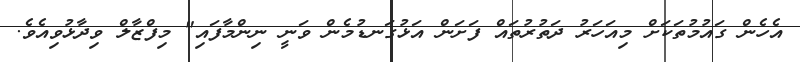
އެހެން ގައުމުތަކަށް މިއަހަރު ދަތުރުތައް ފަށަން އަޅުގަނޑުމެން ވަނީ ނިންމާފައި" މިފްޒާލް ވިދާޅުވިއެވެ.